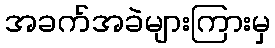
အခက်အခဲများကြားမှ